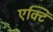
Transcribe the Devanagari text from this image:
एक्टि